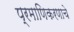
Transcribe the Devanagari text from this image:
प्रमाणिकरणाचे